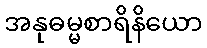
အနုဓမ္မစာရိနိယော